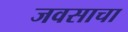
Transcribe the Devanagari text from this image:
जवसाचा